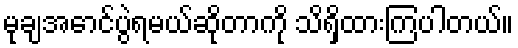
မုချအောင်ပွဲရမယ်ဆိုတာကို သိရှိထားကြပါတယ်။